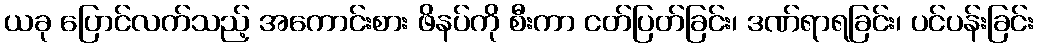
ယခု ပြောင်လက်သည့် အကောင်းစား ဖိနပ်ကို စီးကာ ငတ်ပြတ်ခြင်း၊ ဒဏ်ရာရခြင်း၊ ပင်ပန်းခြင်း